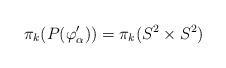
LaTeX: \begin{align*}\pi_k(P(\varphi_{\alpha}')) = \pi_k(S^2\times S^2)\end{align*}